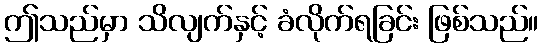
ဤသည်မှာ သိလျက်နှင့် ခံလိုက်ရခြင်း ဖြစ်သည်။